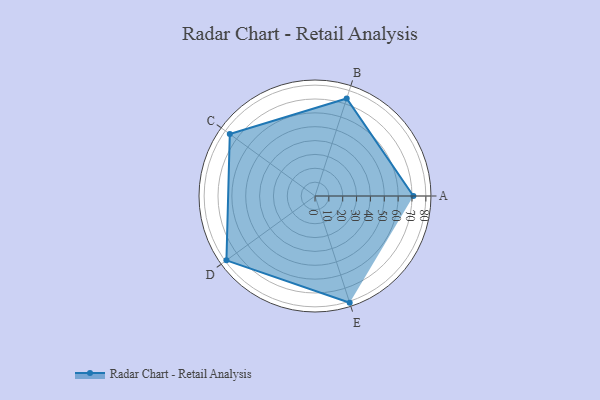
{"axis": {"x": "Skill", "y": "Score"}, "legend": ["Profile"], "data": [{"x": "A", "y": 71.0, "type": "Profile"}, {"x": "B", "y": 74.0, "type": "Profile"}, {"x": "C", "y": 76.0, "type": "Profile"}, {"x": "D", "y": 79.0, "type": "Profile"}, {"x": "E", "y": 81.0, "type": "Profile"}]}